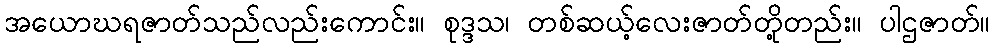
အယောဃရဇာတ်သည်လည်းကောင်း။ စုဒ္ဒသ၊ တစ်ဆယ့်လေးဇာတ်တို့တည်း။ ပါဌဇာတ်။